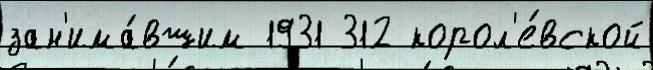
зан'има́вшим 1931 312 корол'е́вской